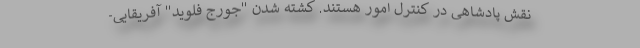
نقش پادشاهی در کنترل امور هستند. کشته شدن "جورج فلوید" آفریقایی-